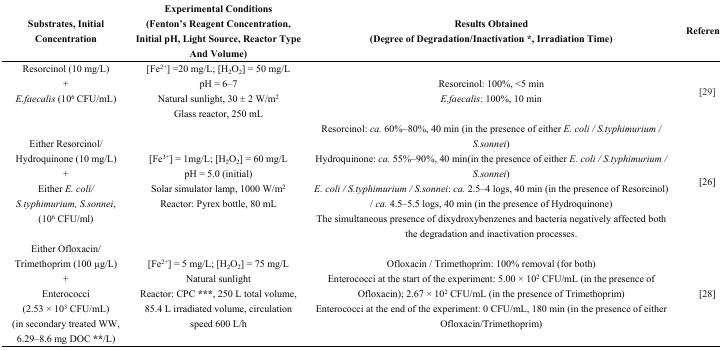
| Substrates, Initial Concentration | Experimental Conditions (Fenton’s Reagent Concentration, Initial pH, Light Source, Reactor Type And Volume) | Results Obtained(Degree of Degradation/Inactivation *, Irradiation Time) | Reference |
 | --- | --- | --- | --- |
 | Resorcinol (10 mg/L) +E.faecalis (106 CFU/mL) | [Fe2+] =20 mg/L; [H2O2] = 50 mg/LpH = 6–7Natural sunlight, 30 ± 2 W/m2Glass reactor, 250 mL | Resorcinol: 100%, <5 minE.faecalis: 100%, 10 min | [29] |
 | Either Resorcinol/ Hydroquinone (10 mg/L) + Either E. coli/ S.typhimurium, S.sonnei, (106 CFU/ml) | [Fe3+] = 1mg/L; [H2O2] = 60 mg/L pH = 5.0 (initial)Solar simulator lamp, 1000 W/m2Reactor: Pyrex bottle, 80 mL | Resorcinol: ca. 60%–80%, 40 min (in the presence of either E. coli / S.typhimurium / S.sonnei)Hydroquinone: ca. 55%–90%, 40 min(in the presence of either E. coli / S.typhimurium / S.sonnei)E. coli / S.typhimurium / S.sonnei: ca. 2.5–4 logs, 40 min (in the presence of Resorcinol) / ca. 4.5–5.5 logs, 40 min (in the presence of Hydroquinone)The simultaneous presence of dixydroxybenzenes and bacteria negatively affected both the degradation and inactivation processes. | [26] |
 | Either Ofloxacin/ Trimethoprim (100 μg/L)+Enterococci (2.53 × 103 CFU/mL)(in secondary treated WW, 6.29–8.6 mg DOC **/L) | [Fe2+] = 5 mg/L; [H2O2] = 75 mg/LNatural sunlightReactor: CPC ***, 250 L total volume, 85.4 L irradiated volume, circulation speed 600 L/h | Ofloxacin / Trimethoprim: 100% removal (for both)Enterococci at the start of the experiment: 5.00 × 102 CFU/mL (in the presence of Ofloxacin); 2.67 × 102 CFU/mL (in the presence of Trimethoprim)Enterococci at the end of the experiment: 0 CFU/mL, 180 min (in the presence of either Ofloxacin/Trimethoprim) | [28] |